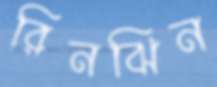
রিনঝিন